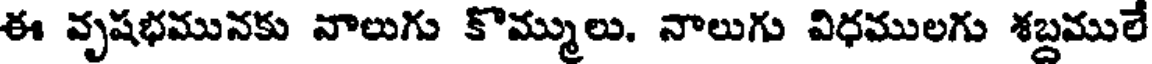
ఈ వృషభమునకు వాలుగు కొమ్ములు. నాలుగు విధములగు శబ్దములే